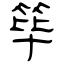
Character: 筚